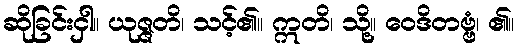
ဆိုခြင်းငှါ။ ယုဇ္ဇတိ၊ သင့်၏။ ဣတိ၊ သို့။ ဝေဒိတဗ္ဗံ၊ ၏။